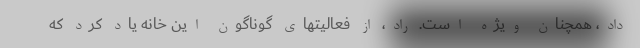
داد، همچنان ویژه است. راد، از فعالیتهای گوناگون این خانه یاد کرد که